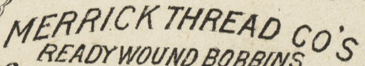
MERRICK THREAD CO S